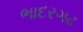
ભાદરગઢ